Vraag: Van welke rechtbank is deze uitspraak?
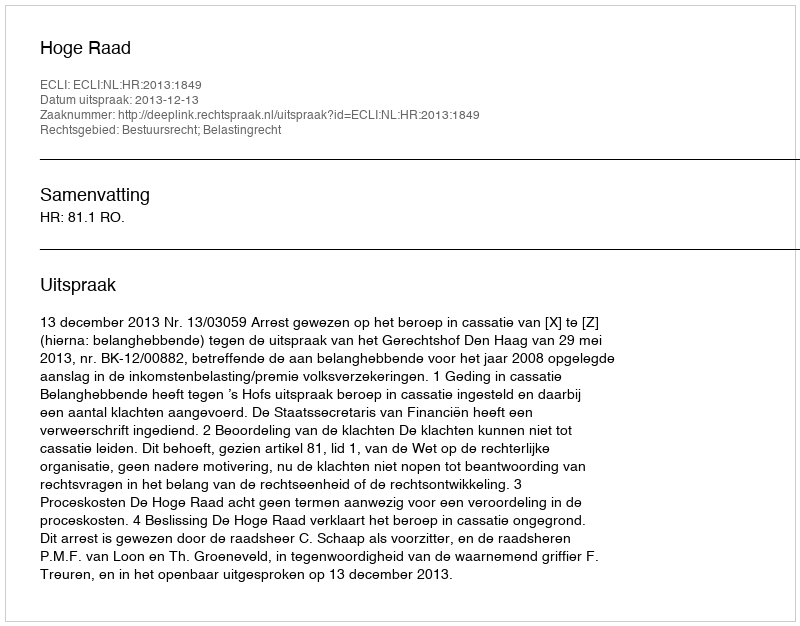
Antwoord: Hoge Raad